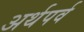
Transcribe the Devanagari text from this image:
अर्थपर्व